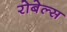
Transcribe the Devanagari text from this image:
रोबेल्स